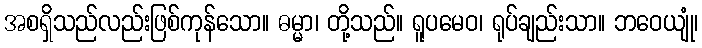
အစရှိသည်လည်းဖြစ်ကုန်သော။ ဓမ္မာ၊ တို့သည်။ ရူပမေဝ၊ ရုပ်ချည်းသာ။ ဘဝေယျုံ၊